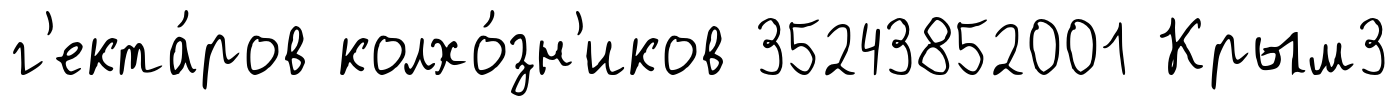
г'екта́ров колхо́зн'иков 35243852001 Крым3